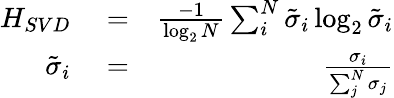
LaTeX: \begin{array}{rlr}{H_{SVD}}&{{}=}&{\frac{-1}{\log_{2}N}\sum_{i}^{N}\tilde{\sigma}_{i}\log_{2}\tilde{\sigma}_{i}}\\ {\tilde{\sigma}_{i}}&{{}=}&{\frac{\sigma_{i}}{\sum_{j}^{N}\sigma_{j}}}\end{array}